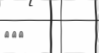
١٦٩